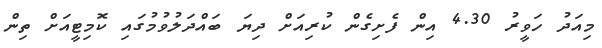
މިއަދު ހަވީރު 4.30 އިން ފެށިގެން ކުރިއަށް ދިޔަ ބައްދަލުވުމުގައި ކޮމިޓީއަށް ތިން